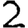
Digit: 2